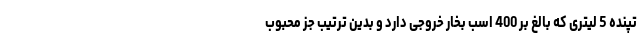
تپنده 5 لیتری که بالغ بر 400 اسب بخار خروجی دارد و بدین ترتیب جز محبوب